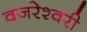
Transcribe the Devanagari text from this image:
वजरेश्वरी